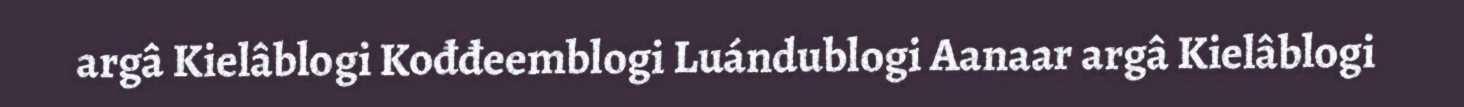
argâ Kielâblogi Kođđeemblogi Luándublogi Aanaar argâ Kielâblogi